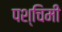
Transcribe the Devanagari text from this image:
पश्‍चिमी